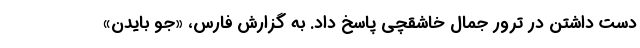
دست داشتن در ترور جمال خاشقچی پاسخ داد. به گزارش فارس، «جو بایدن»